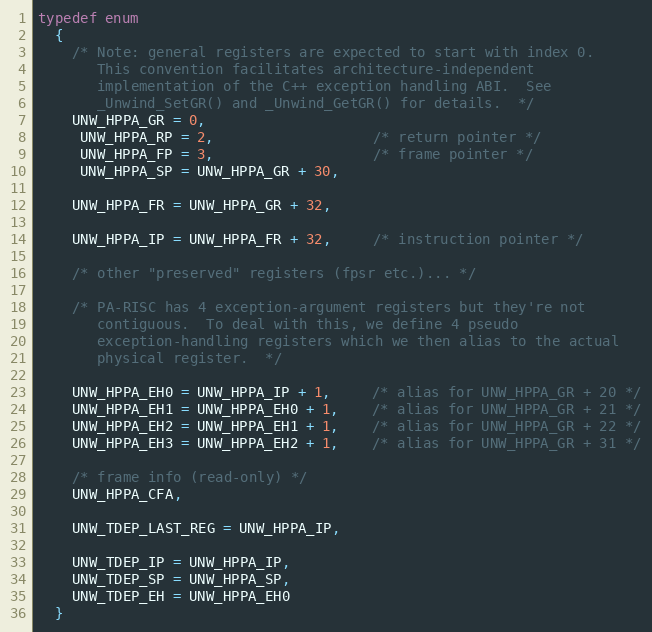
Language: C
typedef enum
  {
    /* Note: general registers are expected to start with index 0.
       This convention facilitates architecture-independent
       implementation of the C++ exception handling ABI.  See
       _Unwind_SetGR() and _Unwind_GetGR() for details.  */
    UNW_HPPA_GR = 0,
     UNW_HPPA_RP = 2,                   /* return pointer */
     UNW_HPPA_FP = 3,                   /* frame pointer */
     UNW_HPPA_SP = UNW_HPPA_GR + 30,

    UNW_HPPA_FR = UNW_HPPA_GR + 32,

    UNW_HPPA_IP = UNW_HPPA_FR + 32,     /* instruction pointer */

    /* other "preserved" registers (fpsr etc.)... */

    /* PA-RISC has 4 exception-argument registers but they're not
       contiguous.  To deal with this, we define 4 pseudo
       exception-handling registers which we then alias to the actual
       physical register.  */

    UNW_HPPA_EH0 = UNW_HPPA_IP + 1,     /* alias for UNW_HPPA_GR + 20 */
    UNW_HPPA_EH1 = UNW_HPPA_EH0 + 1,    /* alias for UNW_HPPA_GR + 21 */
    UNW_HPPA_EH2 = UNW_HPPA_EH1 + 1,    /* alias for UNW_HPPA_GR + 22 */
    UNW_HPPA_EH3 = UNW_HPPA_EH2 + 1,    /* alias for UNW_HPPA_GR + 31 */

    /* frame info (read-only) */
    UNW_HPPA_CFA,

    UNW_TDEP_LAST_REG = UNW_HPPA_IP,

    UNW_TDEP_IP = UNW_HPPA_IP,
    UNW_TDEP_SP = UNW_HPPA_SP,
    UNW_TDEP_EH = UNW_HPPA_EH0
  }